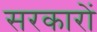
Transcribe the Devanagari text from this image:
सरकाराें